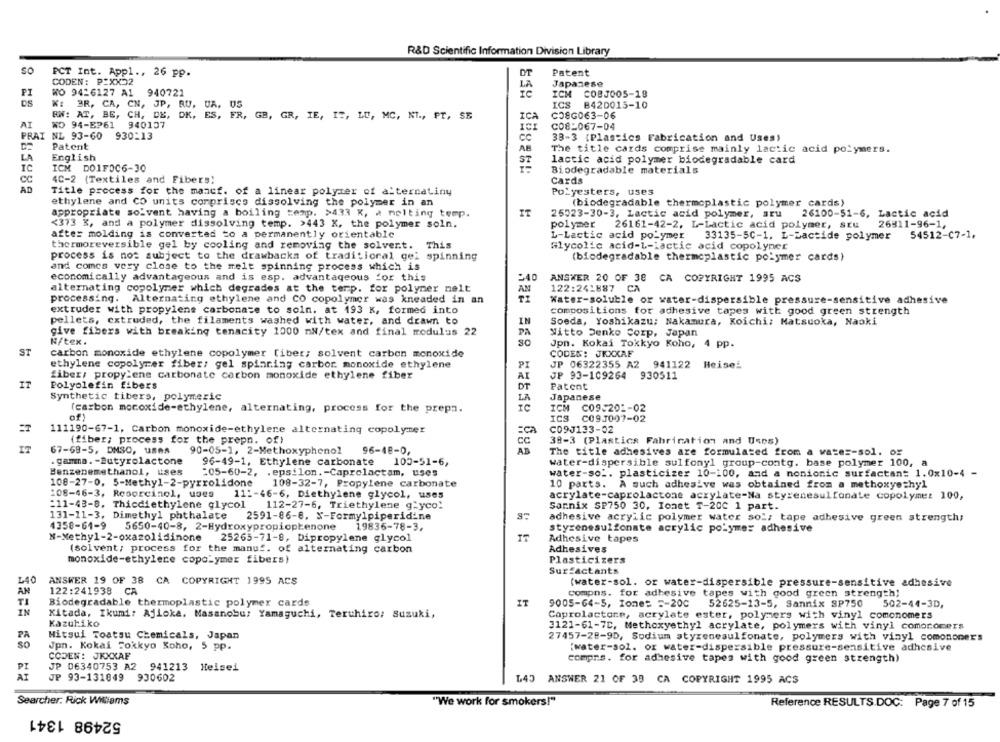
R&D Scientific Information Division Library
SO
PCT Int. Appl ., 26 pp.
DT
Patent
CODEN: P:XX32
Japanese
LA
PI
WO 9426127 A1
940721
IC
ICH C0BJ005-18
W: 3R, CA, CN, JP, RU. UA, US
ICS B420015-10
BW: AT, BE, CH, DE, DK, ES, FR, GB, GR, IE, 17, LU, MC, NI ., FT, SE
ICA
C08G063-06
AI
WO 94-EP61
940137
C08-067-04
PRAI NL 93-60
930-13
CC
38-3 (Plastics Fabrication and Uses)
Patent
AB
The title cards comprise mainly lactic acid polymers.
LA
English
ST
lactic acid polymer biodegradable card
IC
ICM DO1F006-30
Biodegradable materials
CC
4C-2 (Textiles and Fibers!
Cards
AD
Title process for the mancf. of a linear polyzer of alternatiny
Polyesters, uses
ethylene and CO units compriscs dissolving the polymer in an
(biodegradable thermoplastic polymer cards)
appropriate solvent having a boiling temp. >433 K, a melting temp.
IT
26523-30-3, Lactic acid polymer, aru
26100-51-6, Lactic acid
<373 %, and a polymer dissolving temp. >443 X, the polymer soln.
polymer
26161-42-2, L-Lactic acid polymer, SEu
26811-96-1,
after molding is converted to a permanently orientable
L-Lactic acid polymer
33135-50-1. L-Zactide polymer 54512-C7-1,
thermoreversible gel by cooling and removing the solvent. This
Glycolic acid-L-lactic acid copolymer
process is not subject to the drawbacks of traditional gei spinning
(biodegradable thermoplastic polymer cards)
and comcs very close to the melt spinning process which is
economically advantageous and is esp. advantageous for this
540
ANSWER 20 OF 38 CA COPYRIGHT 1995 ACS
alternating copolymer which degrades at the temp. for polymer melt
AN
122:241887 CA
processing. Alternating ethylene and CO copolymer was kneaded in an
Water-soluble or water-dispersible pressure-sensitive adhesive
extruder with propylene carbonate to soln. at 193 K, formed into
compositions for adhesive tapes with good green strength
pellets, extruded, the filaments washed with water, and drawn to
IN
Soeda, Yoshikazu: Nakamura, Koichi; Matsuoka, Naoki
give fibers with breaking tenacity 1000 mN/tex and final modulus 22
Nitto Denko Corp, Japan
N/tex.
So
Jpn. Kokai Tokkyo Koho, 4 pp.
ST
carbon monoxide ethylene copolymer [iber; solvent carbon monoxide
CODES: JKXXAF
PI
JP 06322355 A2 941122 Heisei
ethylene copolymer fiber, gel spinning carbor monoxide ethylene
fiber, propylene carbonate carbon monoxide ethylene fiber
AI
JP 93-109264 930511
IT
Polyolefin fibers
OF
Patent
Synthetic tibers, polymeric
LA
Japanese
(carbon mocoxide-ethylene, alternating, process for the prepa.
ICH C09.201-02
of
ICS C09J007-02
111190-67-1, Carbon monoxide-ethylene alternating copolymer
=ca
C09J133-02
(fiber; process for the prepn. of)
cc
39-3 (Plastics Fabrication and Usps)
IT
67-69-5, DMSO, uses
90-05-1, 2-Methoxyphenol
96-48-0,
AB
The title adhesives are formulated from a vates-sol. or
. gamma. - Butyrolactone
96-49-1, Ethylene carbonate
100-51-6,
water-dispersible sulfonyl group-contg. base polymer 100, a
Benzenemethanol, uses
:05-60-2, . epsilon .- Caprolactam, uses
water-sol. plasticizer 10-100, and a nonionic surfactant 1.0x10-4 -
108-27-0. 5-Methyl-2-pyrrolidone
108-32-7, Propylene carbonate
10 parts.
A such adhesive was obtained from a methoxyethyl
108-46-3, Resorcinol, uses
11 :- 46-6, Diethylene glycol, uses
acrylate-caprolactone acrylate-Na styrenesulfonale copolymer 100,
=11-43-8. Thicdiethylene glycol
112-27-6, Triethylene g'yco.
Sannix SP750 30, Ionet T-200 1 part.
131-11-3, Dimethyl phthalate
2591-86-8, N-Formylpiperidine
adhesive acrylic polymer water sol, tape adhesive green strength;
4358-61-9
5650-40-8, 2-Hydroxypropiophenone
19836-78-3.
styrenesulfonate acrylic polymer adhesive
N-Methyl-2-oxazolidinone
25265-71-8, Dipropylene glycol
IT
Adhesive tapes
(solvent; process for the manuf. of alternating carbon
Adhesives
monoxide-ethylene copolymer fibers)
Plasticizers
Surfactants
LA0
ANSWER 19 OF 38 CA COPYRIGHT 1995 ACS
(water-sol. or water-dispersible pressure-sensitive adhesive
AN
122:241938 CA
compns. for adhesive tapes with good green strength;
Biodegradable thermoplastic polymer cards
IT
TI
9005-64-5, Iones 5-200
52625-13-5, Sannix SP750
502-44-3D,
IN
Kitada, Ikumi: Ajloka. Masanobu: Yamaguchi, Teruhiro: Suzuki,
Coprolactone, acrylate ester, polymers with vinyl comonomers
Kazuhiko
3121-61-7C, Methoxyethyl acrylate, polymers with vinyl comocomers
PA
Mitsui Toatsu Chemicals, Japan
27457-28-9D, Sodium styrenesulfonate, polymers with vinyl comononer's
Jpn. Kokai Fokkyo Koho, 5 pp.
[water-sol. or water-dispersible pressure-sensitive adhesive
CODEN: JKXXAF
comprs. for adhesive tapes with good green strength)
PI
JP 06340753 A2 941213 Heisei
AI
JP 93-131049 930602
140 ANSWER 21 OF 38 CA COPYRIGHT 1995 ACS
Searcher. Rick Willems
"We work for smokers!"
Reference RESULTS DOC: Page 7 of 15
52498 1341